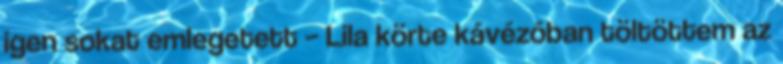
igen sokat emlegetett – Lila körte kávézóban töltöttem az